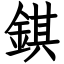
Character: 錤